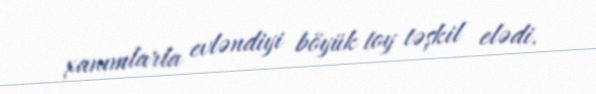
xanımlarla evləndiyi böyük toy təşkil elədi.